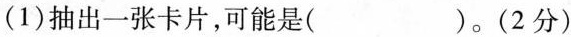
(1)抽出一张卡片，可能是( )。(2分)